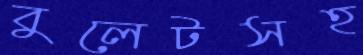
বুলেটসহ